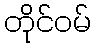
တိုင်ဝမ်